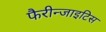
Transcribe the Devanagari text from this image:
फैरीन्जाइटिस